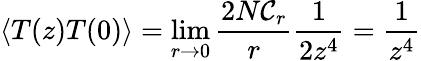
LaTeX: \langle T(z)T(0)\rangle=\operatorname*{lim}_{r\rightarrow 0}\frac{2N{\cal C}_{r}}{r}\frac{1}{2z^{4}}=\frac{1}{z^{4}}